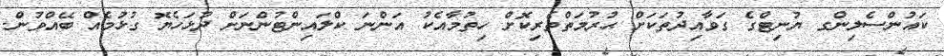
ކައުންސެލިންގ ޔުނިޓްގެ ގަވާއިދުތަކަށް ޙުރުމަތްތެރިކޮށް ހިތުމާއެކު އަންނަ ކްލައިންޓުންނަށް ދުޅަހެޔޮ ގުޅުމެއް ބޭއްވުން.